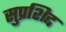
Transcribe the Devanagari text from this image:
सुप्रशिद्द